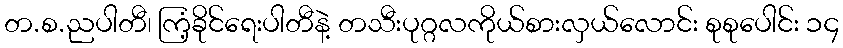
တ.စ.ညပါတီ၊ ကြံ့ခိုင်ရေးပါတီနဲ့ တသီးပုဂ္ဂလကိုယ်စားလှယ်လောင်း စုစုပေါင်း ၁၄